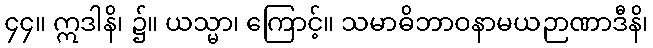
၄၄။ ဣဒါနိ၊ ၌။ ယသ္မာ၊ ကြောင့်။ သမာဓိဘာဝနာမယဉာဏာဒီနိ၊